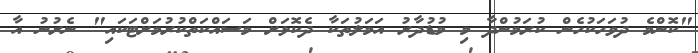
"ކޮންމެ ދުވަހަކުހެން ކުރަމުންދާ މި މުޑުދާރު އަމަލުތަކާ ދެކޮޅަށް މަސައްކަތްކުރުމަށްޓަކައި" ނެރުނު އާ